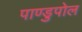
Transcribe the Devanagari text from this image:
पाण्डुपोल